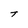
Character: T